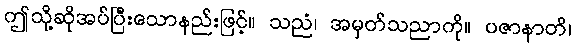
ဤသို့ဆိုအပ်ပြီးသောနည်းဖြင့်။ သညံ၊ အမှတ်သညာကို။ ပဇာနာတိ၊